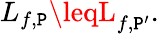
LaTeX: L_{f,\mathtt{P}}\leqL_{f,\mathtt{P}^{\prime}}.\,